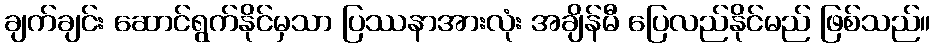
ချက်ချင်း ဆောင်ရွက်နိုင်မှသာ ပြဿနာအားလုံး အချိန်မီ ပြေလည်နိုင်မည် ဖြစ်သည်။